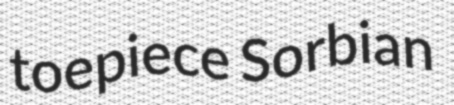
toepiece Sorbian